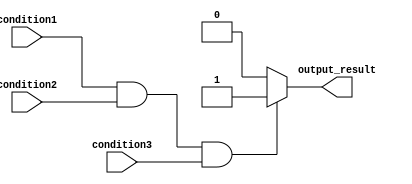
module behavioral_block (
    input condition1,
    input condition2,
    input condition3,
    output reg output_result
);

always @* begin
    if (condition1 && condition2 && condition3) begin
        // Execute code block if all conditions are true
        output_result = 1;
    end else begin
        // Execute code block if any condition is false
        output_result = 0;
    end
end

endmodule